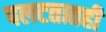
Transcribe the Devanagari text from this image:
पलटतातही